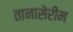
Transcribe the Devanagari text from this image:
तानासेरीम